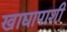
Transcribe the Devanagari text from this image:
खाद्यापाशी